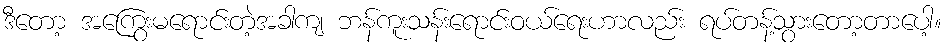
ဒီတော့ အကြွေးမရောင်းတဲ့အခါကျ ဘန်ကူးသန်းရောင်းဝယ်ရေးဟာလည်း ရပ်တန့်သွားတော့တာပေါ့။